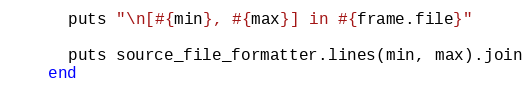
Language: Ruby
      puts "\n[#{min}, #{max}] in #{frame.file}"

      puts source_file_formatter.lines(min, max).join
    end